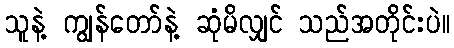
သူနဲ့ ကျွန်တော်နဲ့ ဆုံမိလျှင် သည်အတိုင်းပဲ။